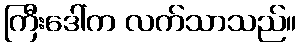
ကြီးဒေါ်က လက်သာသည်။